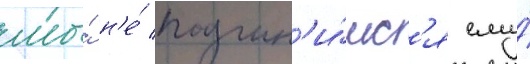
мы́ н'е́ подчин'и́мс'я ему́